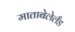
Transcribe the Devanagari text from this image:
माताबेलेलँड